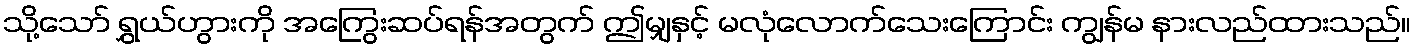
သို့သော် ရွှယ်ဟွားကို အကြွေးဆပ်ရန်အတွက် ဤမျှနှင့် မလုံလောက်သေးကြောင်း ကျွန်မ နားလည်ထားသည်။